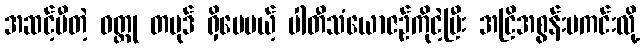
အဆင့်မီတဲ့ ဝတ္ထု တပုဒ် ရှိပေမယ့် ပါတီသံယောဇဉ်ကိုငဲ့ပြီး အငြိအစွန်းမကင်းလို့